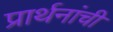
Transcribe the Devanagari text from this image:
प्रार्थनांची